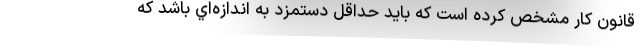
قانون كار مشخص كرده است كه بايد حداقل دستمزد به اندازه‌اي باشد كه